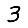
Digit: 3